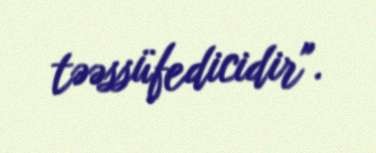
təəssüfedicidir".